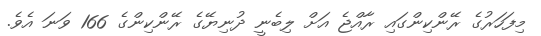
މިފަހަރުގެ ރޭންކިންގައި ރާއްޖެ އަށް ލިބެނީ ދުނިޔޭގެ ރޭންކިންގެ 166 ވަނަ އެވެ.